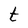
Character: t